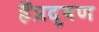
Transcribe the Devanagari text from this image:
हैंप्रदूषण